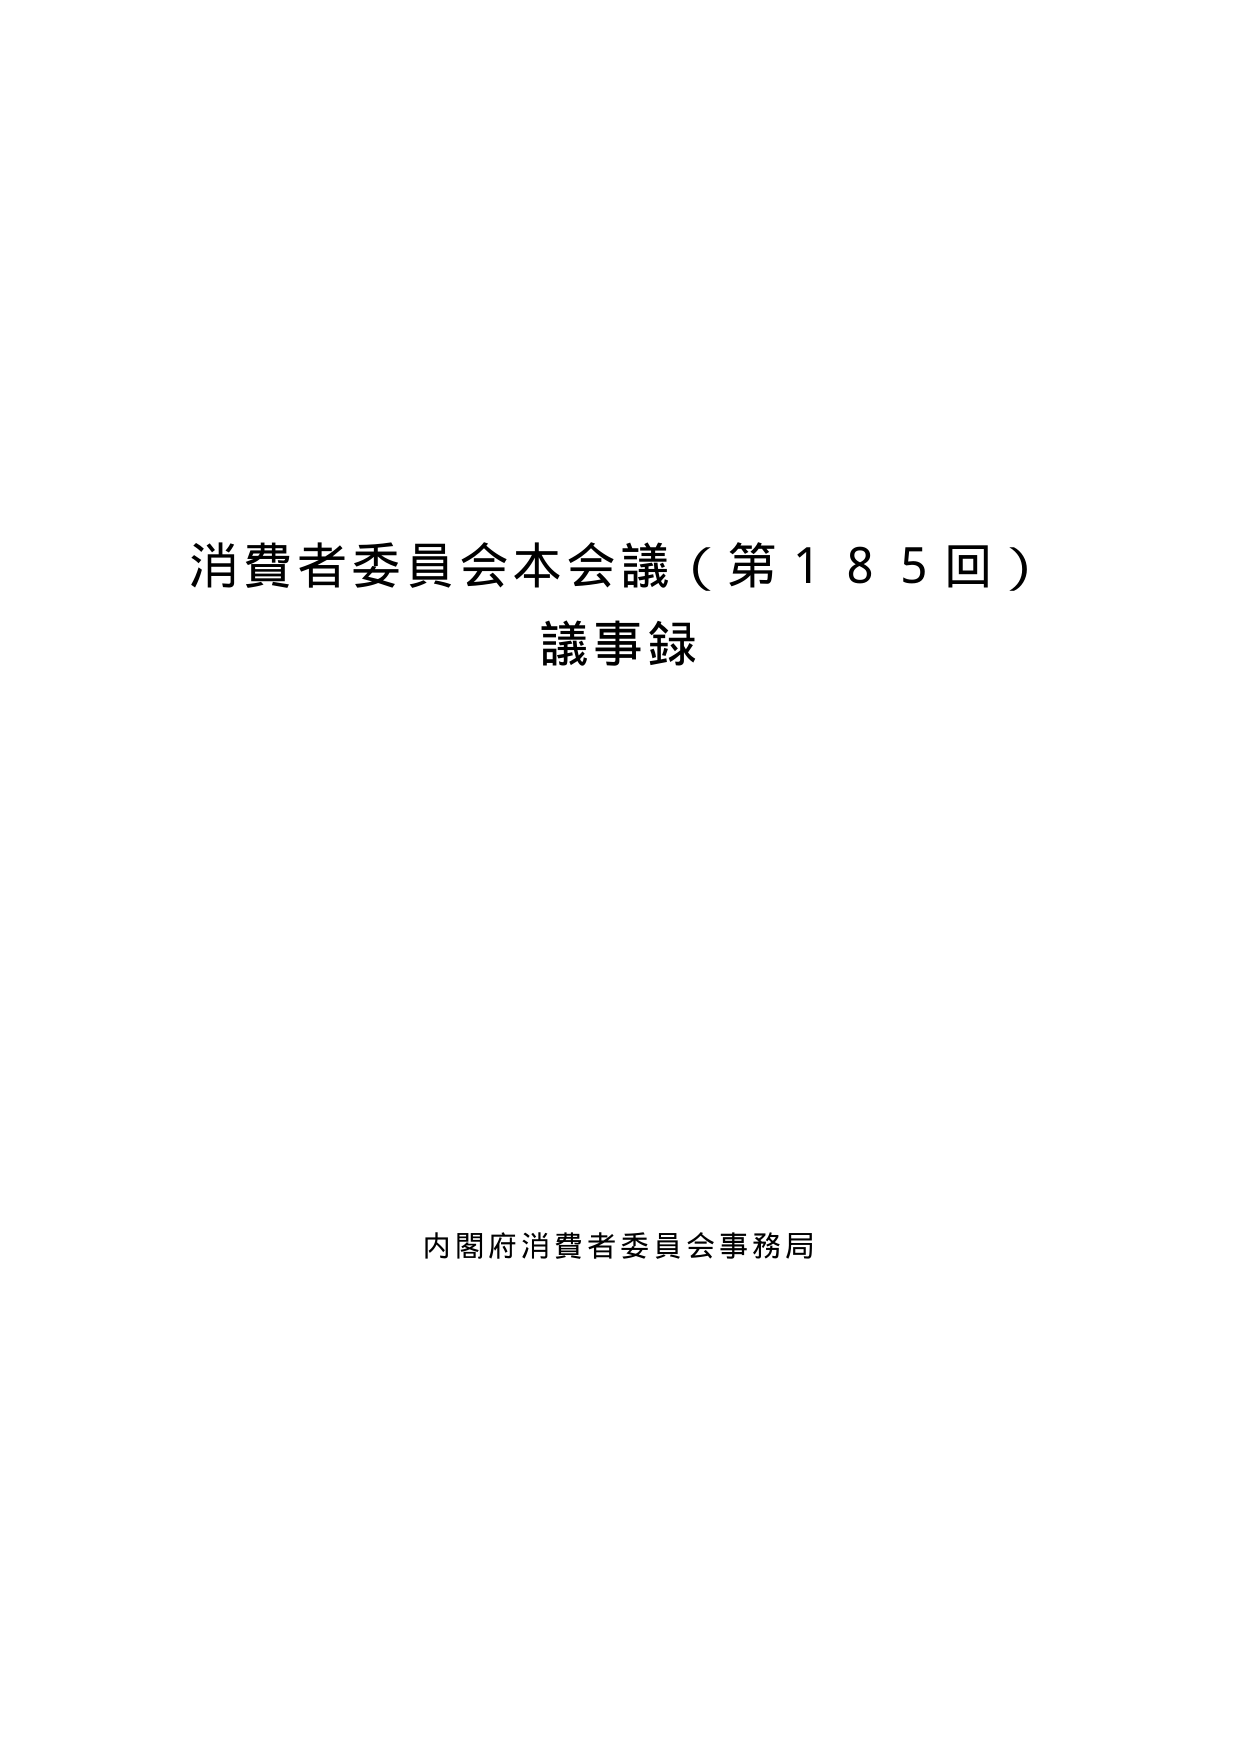
消費者委員会本会議（第185回）
議事録

内閣府消費者委員会事務局